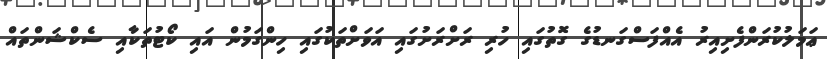
ޢަމަލުކުރަންފެށިއިރު އެއްފަސްގަނޑުގެ ގޮތުގައި ހުރި ރަށްރަށުގައި އަވަށްތަކުގައި ހިންގަމުން އައި ކޯޓުތަކާއި ސެކްޝަންތައް